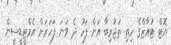
ޔޮޓް ޓުއާޒްގެ ހިތި ތަޖުރިބާ އަށް ފަހު ދެ ވަނަ ފަހަރަށް އެމްޓީޑީސީން